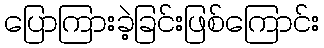
ပြောကြားခဲ့ခြင်းဖြစ်ကြောင်း